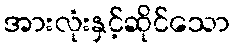
အားလုံးနှင့်ဆိုင်သော